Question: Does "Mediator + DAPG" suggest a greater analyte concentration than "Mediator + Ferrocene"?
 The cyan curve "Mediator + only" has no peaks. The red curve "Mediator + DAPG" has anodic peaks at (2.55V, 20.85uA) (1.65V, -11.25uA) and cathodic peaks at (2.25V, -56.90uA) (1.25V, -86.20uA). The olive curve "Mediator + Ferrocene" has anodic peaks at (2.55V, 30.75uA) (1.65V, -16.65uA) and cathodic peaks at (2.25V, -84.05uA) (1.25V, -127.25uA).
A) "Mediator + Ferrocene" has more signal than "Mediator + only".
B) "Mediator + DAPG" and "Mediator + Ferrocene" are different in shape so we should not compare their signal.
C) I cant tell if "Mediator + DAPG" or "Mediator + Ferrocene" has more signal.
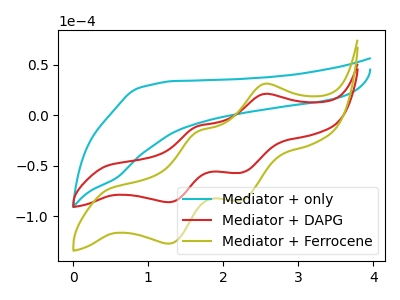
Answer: <think>All the peaks in "Mediator + DAPG" have a peak in "Mediator + Ferrocene" at the same potential.
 </think>
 <answer>C) I cant tell if "Mediator + DAPG" or "Mediator + Ferrocene" has more signal.</answer>
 <eval>C</eval>